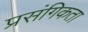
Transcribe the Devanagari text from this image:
प्रसंगिकता